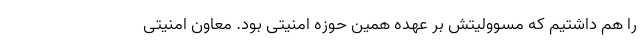
را هم داشتیم که مسوولیتش بر عهده همین حوزه امنیتی بود. معاون امنیتی